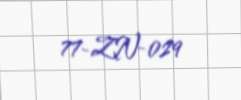
77-ZN-029